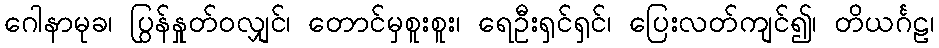
ဂေါနာမုခ၊ ပြွန်နှုတ်ဝလျှင်၊ တောင်မှစူးစူး၊ ရေဦးရှင်ရှင်၊ ပြေးလတ်ကျင်၍၊ တိယင်္ဂဠ၊